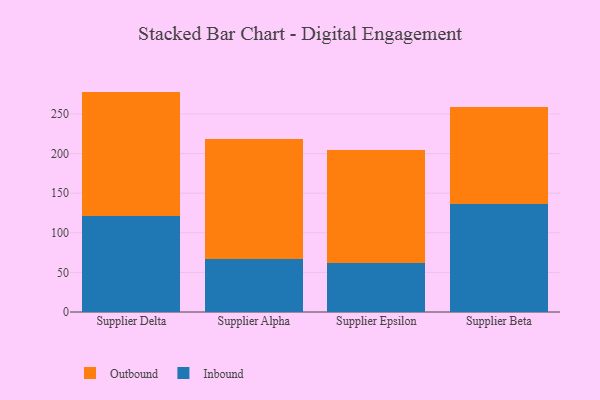
{"axis": {"x": "Supplier", "y": "Inventory Turnover"}, "legend": ["Inbound", "Outbound"], "data": [{"x": "Supplier Delta", "y": 121.3, "type": "Inbound"}, {"x": "Supplier Delta", "y": 156.9, "type": "Outbound"}, {"x": "Supplier Alpha", "y": 66.9, "type": "Inbound"}, {"x": "Supplier Alpha", "y": 151.4, "type": "Outbound"}, {"x": "Supplier Epsilon", "y": 62.3, "type": "Inbound"}, {"x": "Supplier Epsilon", "y": 142.3, "type": "Outbound"}, {"x": "Supplier Beta", "y": 136.3, "type": "Inbound"}, {"x": "Supplier Beta", "y": 121.9, "type": "Outbound"}]}